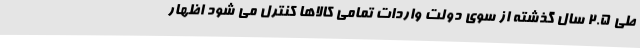
طی 2.5 سال گذشته از سوی دولت واردات تمامی کالاها کنترل می شود اظهار